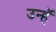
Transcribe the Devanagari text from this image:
उन्हॅ